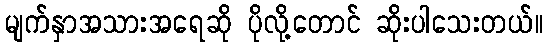
မျက်နှာအသားအရေဆို ပိုလို့တောင် ဆိုးပါသေးတယ်။